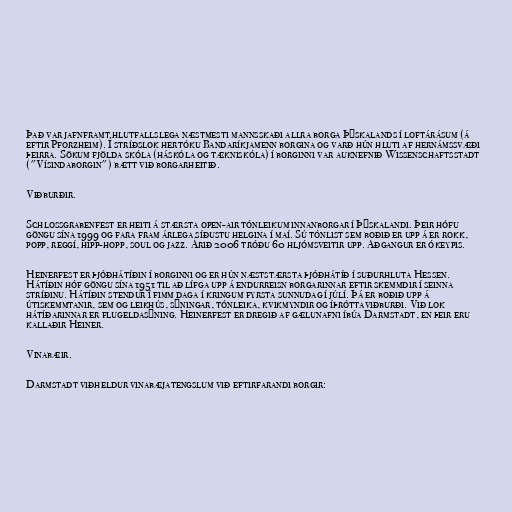
Það var jafnframt hlutfallslega næstmesti mannsskaði allra borga Þýskalands í loftárásum (á
eftir Pforzheim). Í stríðslok hertóku Bandaríkjamenn borgina og varð hún hluti af hernámssvæði
þeirra. Sökum fjölda skóla (háskóla og tækniskóla) í borginni var auknefnið Wissenschaftsstadt
("Vísindaborgin") bætt við borgarheitið.

Viðburðir.

Schlossgrabenfest er heiti á stærsta open-air tónleikum innanborgar í Þýskalandi. Þeir hófu
göngu sína 1999 og fara fram árlega síðustu helgina í maí. Sú tónlist sem boðið er upp á er rokk,
popp, reggí, hipp-hopp, soul og jazz. Árið 2006 tróðu 60 hljómsveitir upp. Aðgangur er ókeypis.

Heinerfest er þjóðhátíðin í borginni og er hún næststærsta þjóðhátíð í suðurhluta Hessen.
Hátíðin hóf göngu sína 1951 til að lífga upp á endurreisn borgarinnar eftir skemmdir í seinna
stríðinu. Hátíðin stendur í fimm daga í kringum fyrsta sunnudag í júlí. Þá er boðið upp á
útiskemmtanir, sem og leikhús, sýningar, tónleika, kvikmyndir og íþróttaviðburði. Við lok
hátíðarinnar er flugeldasýning. Heinerfest er dregið af gælunafni íbúa Darmstadt, en þeir eru
kallaðir Heiner.

Vinabæir.

Darmstadt viðheldur vinabæjatengslum við eftirfarandi borgir: